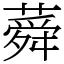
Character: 蕣